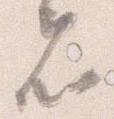
者